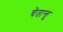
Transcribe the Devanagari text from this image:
चेतान्तू